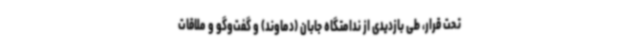
تحت قرار، طی بازدیدی از ندامتگاه جابان (دماوند) و گفت‌وگو و ملاقات